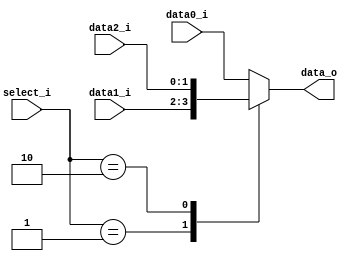
module MUX_3to1(
    data0_i,
    data1_i,
    data2_i,
    select_i,
    data_o
);

parameter size = 0;			   
			
//I/O ports               
input   [size-1:0] data0_i;          
input   [size-1:0] data1_i;
input	[size-1:0] data2_i;
input   [2-1:0]    select_i;
output  [size-1:0] data_o; 

//Internal Signals
reg     [size-1:0] data_o;

always @(*) begin
	case (select_i)
		2'd0 : data_o <= data0_i;
		2'd1 : data_o <= data1_i;
		2'd2 : data_o <= data2_i;

		default : data_o <= data0_i;
	endcase
end
//Main function

endmodule